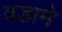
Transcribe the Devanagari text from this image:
वडामे